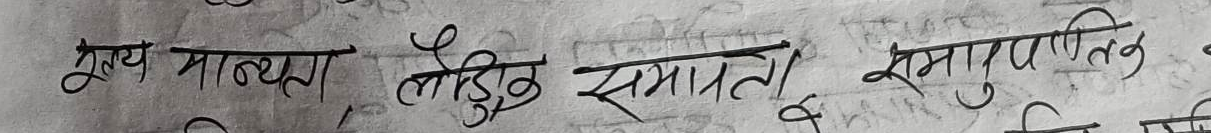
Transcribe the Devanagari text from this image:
मूल्य मान्यता, लैंगिक समानता समाप्तिको